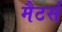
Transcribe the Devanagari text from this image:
मैटर्स